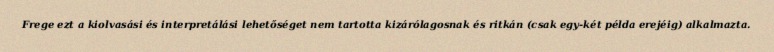
Frege ezt a kiolvasási és interpretálási lehetőséget nem tartotta kizárólagosnak és ritkán (csak egy-két példa erejéig) alkalmazta.